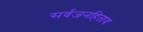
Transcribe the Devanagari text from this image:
सर्वजनहिताय